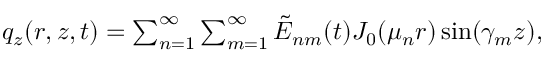
\begin{array} { r } { q _ { z } ( r , z , t ) = \sum _ { n = 1 } ^ { \infty } \sum _ { m = 1 } ^ { \infty } \tilde { E } _ { n m } ( t ) J _ { 0 } ( \mu _ { n } r ) \sin ( \gamma _ { m } z ) , } \end{array}